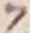
Text: 7